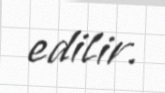
edilir.